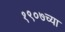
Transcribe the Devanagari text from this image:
१९०७च्या